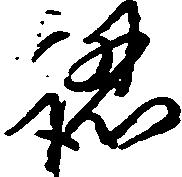
認